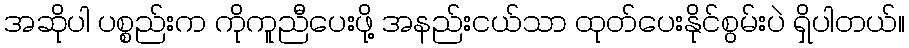
အဆိုပါ ပစ္စည်းက ကိုကူညီပေးဖို့ အနည်းငယ်သာ ထုတ်ပေးနိုင်စွမ်းပဲ ရှိပါတယ်။